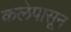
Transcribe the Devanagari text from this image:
कलेपासून